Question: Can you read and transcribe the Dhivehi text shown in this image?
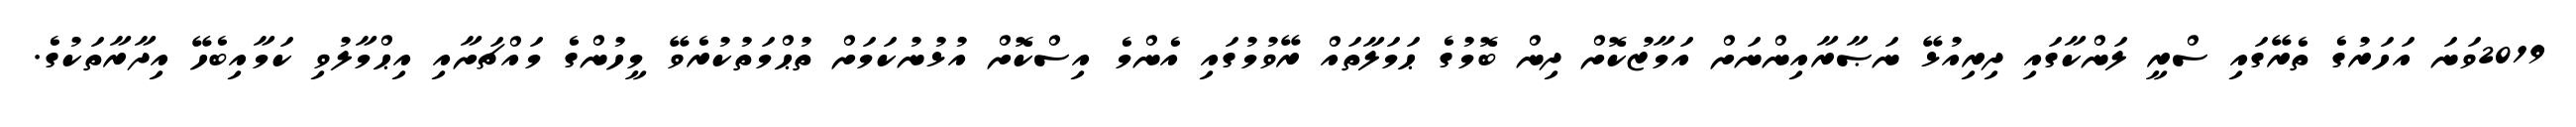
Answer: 2019ވަނަ އަހަރުގެ ތެރޭގައި ސްރީ ލަންކާގައި ދިރިއުޅޭ ނަޞާރާއިންނަށް އަމާޒުކޮށް ދިން ބޮމުގެ ޙަމަލާތައް ރޭވުމުގައި އެންމެ އިސްކޮށް އުޅުނުކަމަށް ތުޙްމަތުކުރެވޭ މީހުންގެ މައްޗަށާއި އިޙްމާލުވި ކަމާއިބެހޭ އިދާރާތަކުގެ.